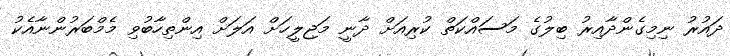
ދައުރު ނިމިގެންދާއިރު ބިލުގެ މަސައްކަތް ކުރިއަށް ދާނީ މަޖިލީހަށް އަލަށް އިންތިހާބުވި މެމްބަރުންނާއެކު